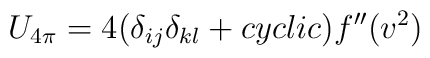
U_{4\pi} = 4(\delta_{ij} \delta_{kl}+ cyclic) f^{\prime\prime}(v^2)